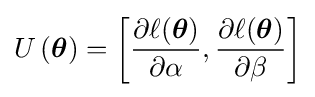
U\left({\boldsymbol {\theta }}\right)=\left[{\frac {\partial \ell ({\boldsymbol {\theta }})}{\partial \alpha }},{\frac {\partial \ell ({\boldsymbol {\theta }})}{\partial \beta }}\right]